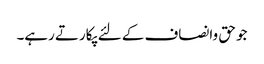
جو حق وانصاف کے لئے پکارتے رہے۔